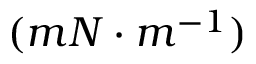
( m N \cdot m ^ { - 1 } )